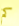
كم